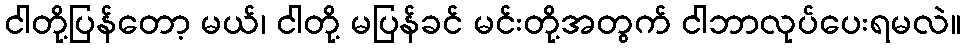
ငါတို့ပြန်တော့ မယ်၊ ငါတို့ မပြန်ခင် မင်းတို့အတွက် ငါဘာလုပ်ပေးရမလဲ။